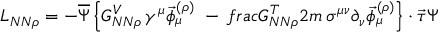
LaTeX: { \cal L } _ { N N \rho } = - \overline { { { \Psi } } } \left\{ G _ { N N \rho } ^ { V } \, \gamma ^ { \mu } \vec { \phi } _ { \mu } ^ { ( \rho ) } \ - \, f r a c { G _ { N N \rho } ^ { T } } { 2 m } \, \sigma ^ { \mu \nu } \partial _ { \nu } \vec { \phi } _ { \mu } ^ { ( \rho ) } \right\} \cdot \vec { \tau } \Psi